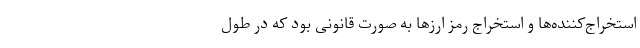
استخراج‌کننده‌ها و استخراج رمز ارزها به صورت قانونی بود که در طول